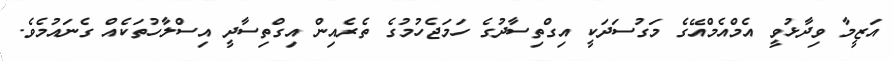
އަޒީމާ ވިދާޅުވީ އެމްއެމްއޭގެ މަގުސަދަކީ އިގްތިސާދުގެ ހަމަޖެހުމުގެ ތެރެއިން އިގްތިސާދީ އިސްލާހުތަކެއް ގެނައުމެވެ.